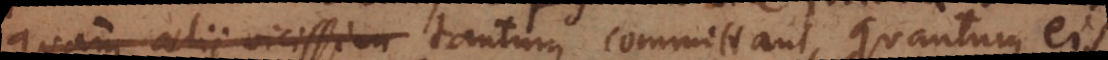
quam alii vicissim tantum committant, quantum eis